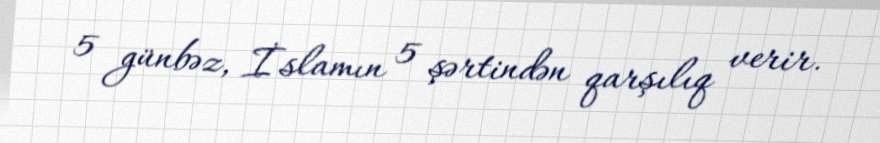
5 günbəz, İslamın 5 şərtindən qarşılıq verir.